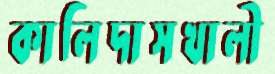
কালিদাসখালী